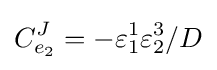
C_{e_{2}}^{J}=-\varepsilon _{1}^{1}\varepsilon _{2}^{3}/D